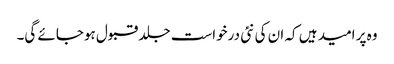
وہ پر امید ہیں کہ ان کی نئی درخواست جلد قبول ہوجائے گی۔